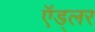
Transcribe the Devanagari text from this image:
ऍड्लर